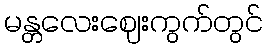
မန္တလေးဈေးကွက်တွင်